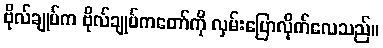
ဗိုလ်ချုပ်က ဗိုလ်ချုပ်ကတော်ကို လှမ်းပြောလိုက်လေသည်။